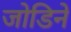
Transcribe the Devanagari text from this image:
जोडिने